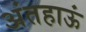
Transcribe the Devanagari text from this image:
अंतहाऊं